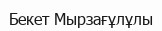
Бекет Мырзағұлұлы